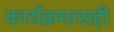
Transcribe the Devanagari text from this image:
कार्यक्रमासही